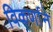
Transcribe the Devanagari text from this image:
विकर्णाने